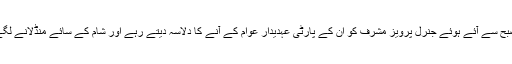
صبح سے آئے ہوئے جنرل پرویز مشرف کو ان کے پارٹی عہدیدار عوام کے آنے کا دلاسہ دیتے رہے اور شام کے سائے منڈلانے لگے۔